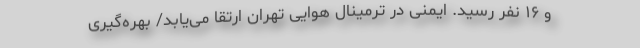
و ۱۶ نفر رسید. ایمنی در ترمینال هوایی تهران ارتقا می‌یابد/ بهره‌گیری